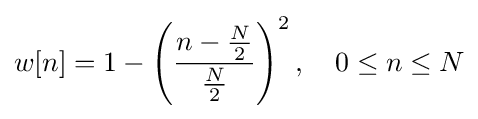
w[n]=1-\left({\frac {n-{\frac {N}{2}}}{\frac {N}{2}}}\right)^{2},\quad 0\leq n\leq N